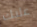
عليك